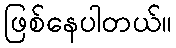
ဖြစ်နေပါတယ်။